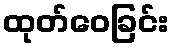
ထုတ်ဝေခြင်း